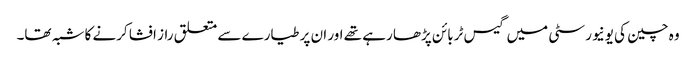
وہ چین کی یونیورسٹی میں گیس ٹربائن پڑھا رہے تھے اور ان پر طیارے سے متعلق راز افشا کرنے کا شبہ تھا۔